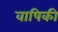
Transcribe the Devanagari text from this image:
वाषिकी